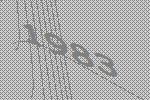
1983